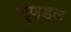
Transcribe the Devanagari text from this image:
शुण्डल